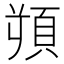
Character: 𩒋